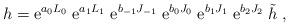
LaTeX: \begin{align*}h= {\mbox e}^{a_0 L_0}\;{\mbox e}^{a_1 L_1}\;{\mbox e}^{b_{-1}J_{-1}}\;{\mbox e}^{b_{0}J_{0}}\;{\mbox e}^{b_{1}J_{1}}\;{\mbox e}^{b_{2}J_{2}} \; \tilde{h}\; ,\end{align*}